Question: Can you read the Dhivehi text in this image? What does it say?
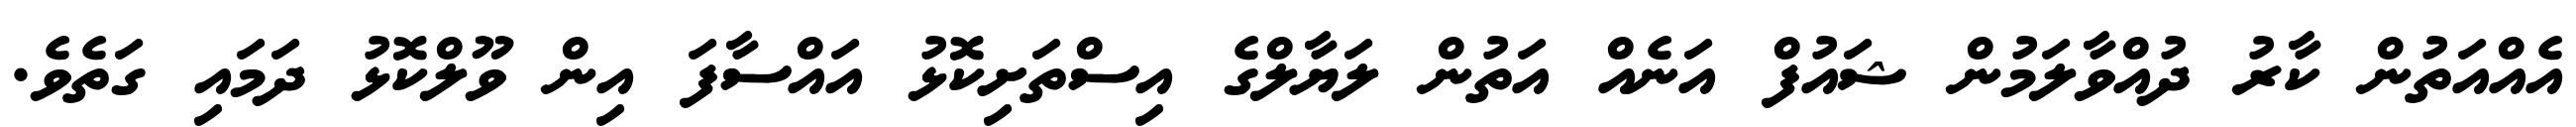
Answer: އެއްއަތުން ކާރު ދުއްވާލަމުން ޝައުފް އަނެއް އަތުން ލަޔާލްގެ އިސްތަށިކޮޅު އައްސާފަ އިން ވޫލްކޮޅު ދަމައި ގަތެވެ.